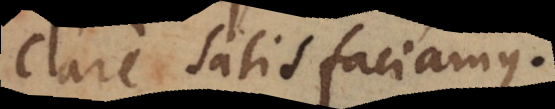
clare satisfaciamus.